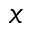
x